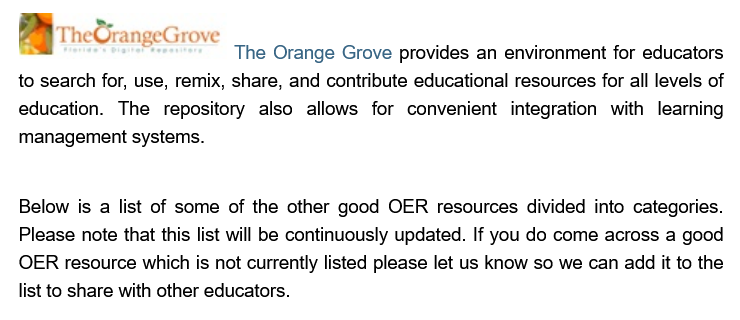
—=
     eee
     The  Orange Grove provides an environment for educators
   to search for, use, remix, share, and contribute educational resources for all levels of
   education. The repository also allows for convenient integration with learning
   management systems.
   Below is
  a
     list  of some of the other good OER resources divided into categories.
   Please note that this list will be continuously updated. If you do come across a good
   OER resource which is not currently listed please let us know so we can add it to the
   list to share with other educators.